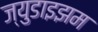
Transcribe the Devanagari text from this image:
ज्युडाइझम